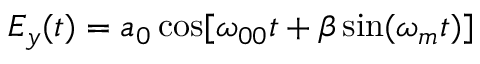
E _ { y } ( t ) = a _ { 0 } \cos [ \omega _ { 0 0 } t + \beta \sin ( \omega _ { m } t ) ]